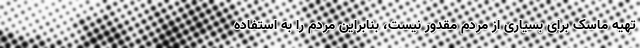
تهیه ماسک برای بسیاری از مردم مقدور نیست، بنابراین مردم را به استفاده